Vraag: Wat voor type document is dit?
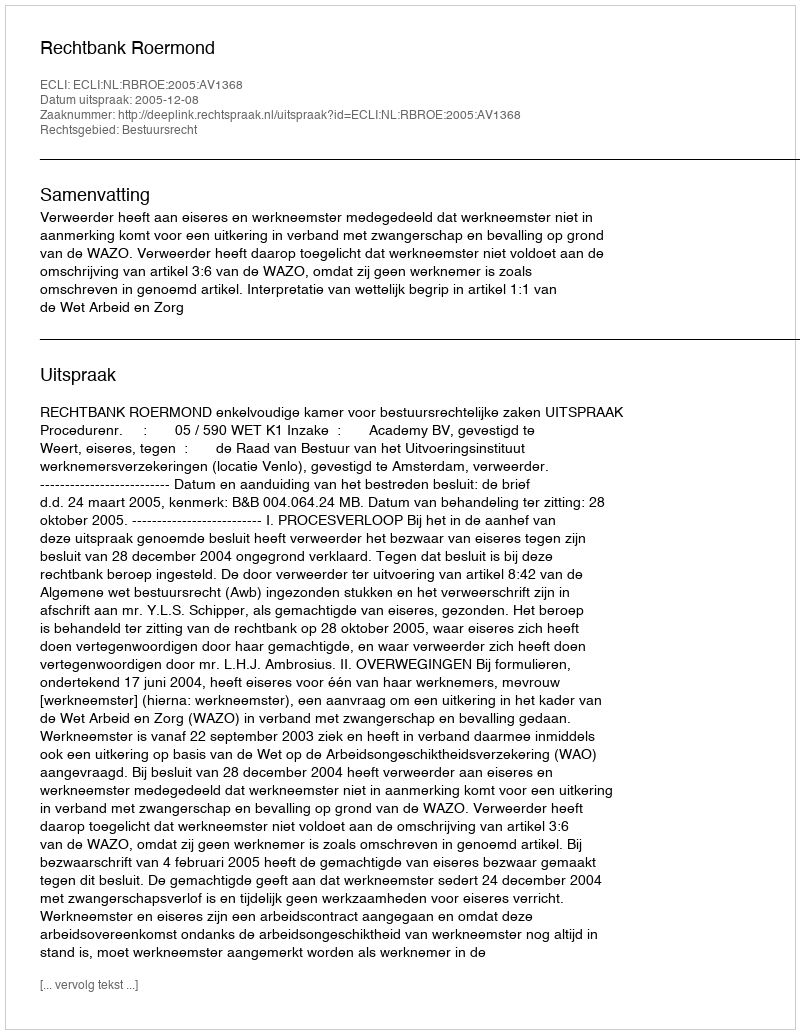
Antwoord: Uitspraak